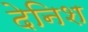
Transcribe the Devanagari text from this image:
देनिश